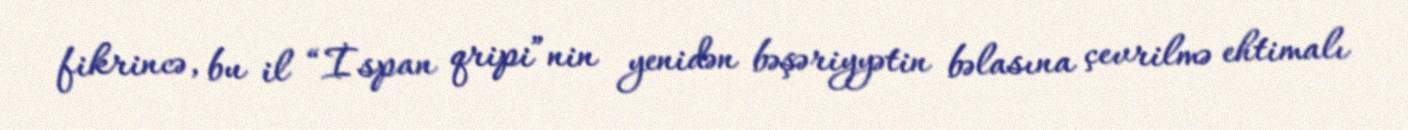
fikrincə, bu il “İspan qripi”nin yenidən bəşəriyyətin bəlasına çevrilmə ehtimalı